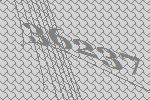
36237